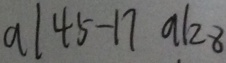
a \vert 4 5 - 1 7 a \vert 2 8